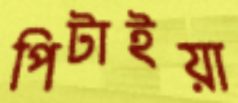
পিটাইয়া